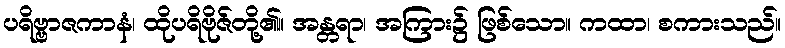
ပရိဗ္ဗာဇကာနံ၊ ထိုပရိဗိုဇ်တို့၏။ အန္တရာ၊ အကြား၌ ဖြစ်သော။ ကထာ၊ စကားသည်။